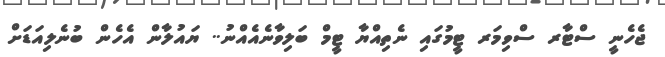
ޖެހެނީ ސްޓާރ ސްވިމަރ ޓީމުގައި ނެތިއްޔާ ޓީމް ބަލިވާނެއެއްނު.. ޔައުލާން އެހެން ބުނެލިއަޑަށް